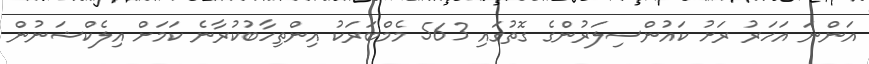
އަންނަ އަހަރު ރަށު ކައުންސިލަރުންގެ ގޮތުގައި 563 މެމްބަރަކު އިންތިހާބުކުރާނެ ކަމަށް އިލެކްޝަނުން